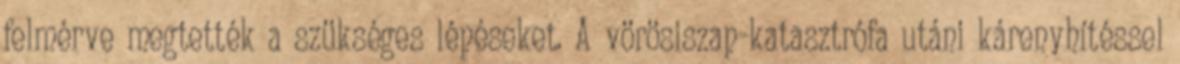
felmérve megtették a szükséges lépéseket. A vörösiszap-katasztrófa utáni kárenyhítéssel